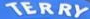
TERRY